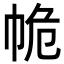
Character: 𢂕